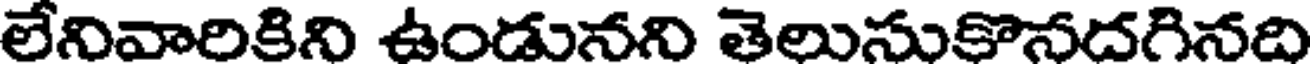
లేనివారికిని ఉండునని తెలుసుకొనదగినది